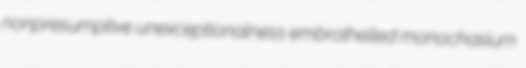
nonpresumptive unexceptionalness embrothelled monochasium